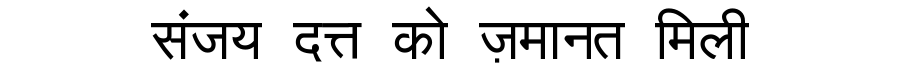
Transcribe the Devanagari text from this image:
संजय दत्त को ज़मानत मिली